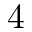
4